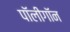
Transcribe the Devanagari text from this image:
पॉलीगॉन